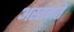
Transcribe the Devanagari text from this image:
अस्तंगते